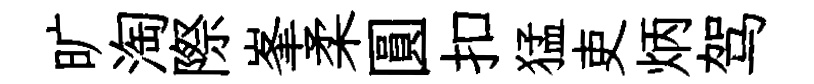
旷淘際峯柔圓扣猛吏炳驾